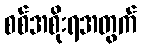
စစ်အစိုးရအတွက်